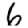
Digit: 6